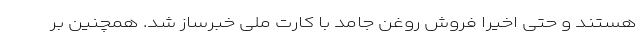
هستند و حتی اخیرا فروش روغن جامد با کارت ملی خبرساز شد. همچنین بر